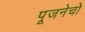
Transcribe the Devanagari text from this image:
पूजनेचो